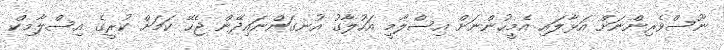
ނޫސްވެރިންނަށް އަޅާލައި އެމީހުންނަށް އިސްލާމީ އަހުލާގު އުނގަންނައިދޭން ޖެހޭ ކަމަށް ކުރީގެ އިސްލާމިކް